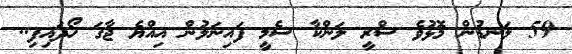
59 ލަނޑުން މޮޅުވެ ސްރީ ލަންކާ ސެމީ ފައިނަލުން އިއްޔެ ޖާގަ ހޯދައިފި..